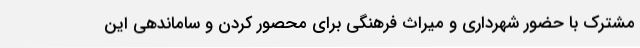
مشترک با حضور شهرداری و میراث فرهنگی برای محصور کردن و ساماندهی این